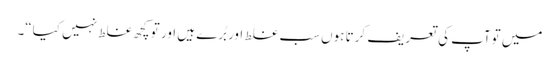
میں توآپ کی تعریف کرتا ہوں سب غلط اور بُرے ہیں اور تو کچھ غلط نہیں کیا“۔